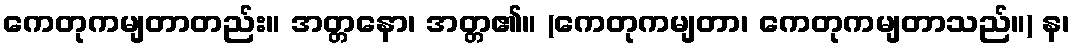
ကေတုကမျတာတည်း။ အတ္တနော၊ အတ္တ၏။ (ကေတုကမျတာ၊ ကေတုကမျတာသည်။) န၊